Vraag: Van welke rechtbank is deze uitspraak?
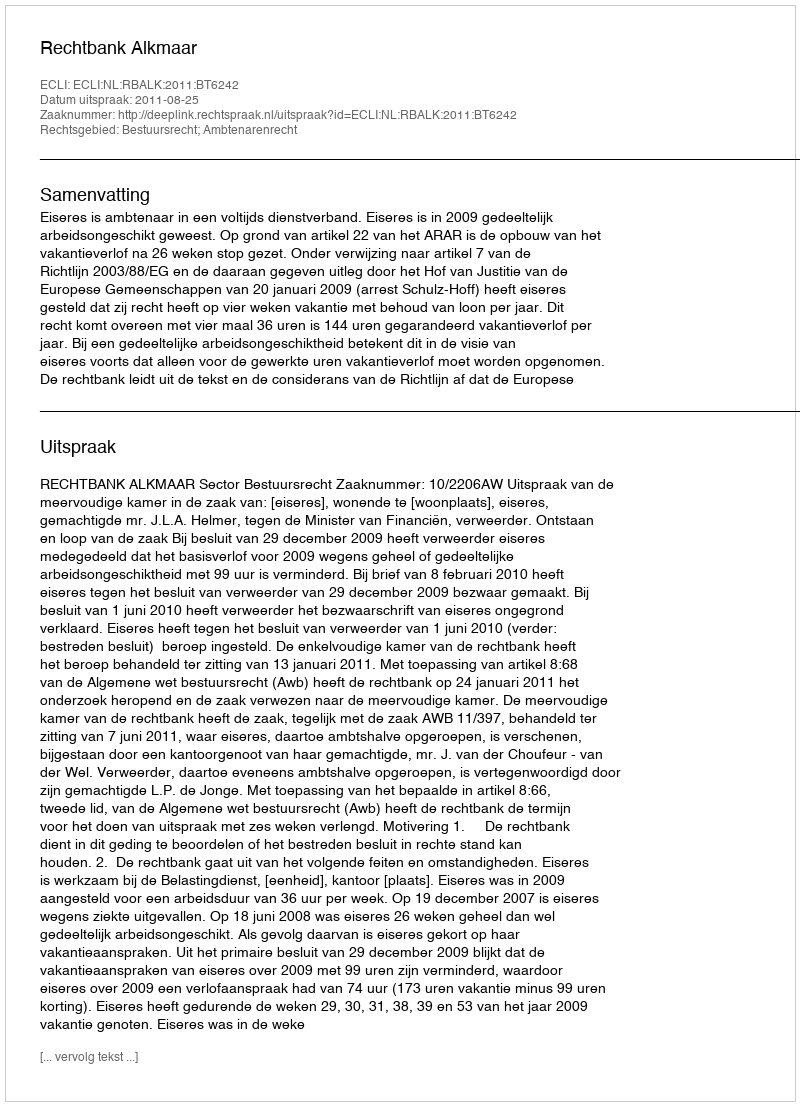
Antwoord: Rechtbank Alkmaar